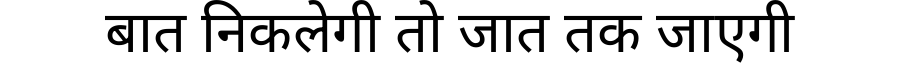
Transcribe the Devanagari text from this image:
बात निकलेगी तो जात तक जाएगी